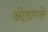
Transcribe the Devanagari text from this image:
ओढणारे